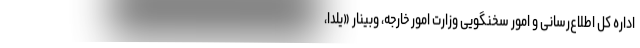
اداره کل اطلاع‌رسانی و امور سخنگویی وزارت امور خارجه، وبینار «یلدا،